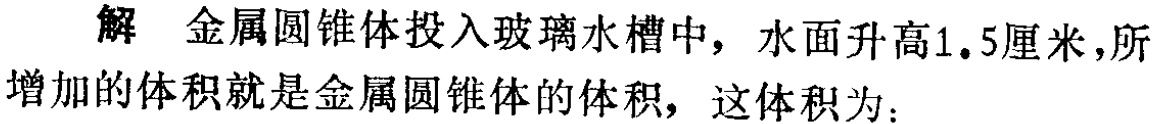
解 金属圆锥体投入玻璃水槽中，水面升高1.5厘米，所增加的体积就是金属圆锥体的体积，这体积为：